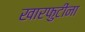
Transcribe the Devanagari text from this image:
खारफुटींना